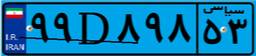
۲۷D۹۲۹۳۹